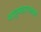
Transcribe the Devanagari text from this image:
शाहुमहाराजांकडे